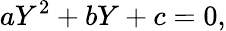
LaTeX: aY^{2}+bY+c=0,